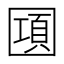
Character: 𰉔